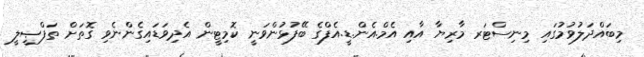
މިބައްދަލުވުމުގައި މިނިސްޓަރ މާރިޔާ އާއި އެމް.އެން.ޑީ.އެފްގެ ބޭފުޅުންވަނީ ކޮމިޓީން އެދިވަޑައިގެންނެވި ގޮތަށް ތަފްޞީލީ